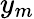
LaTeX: y_{m}